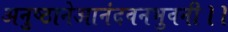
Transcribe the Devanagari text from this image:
अनुष्ठानेआनंदवनभुवनी।।